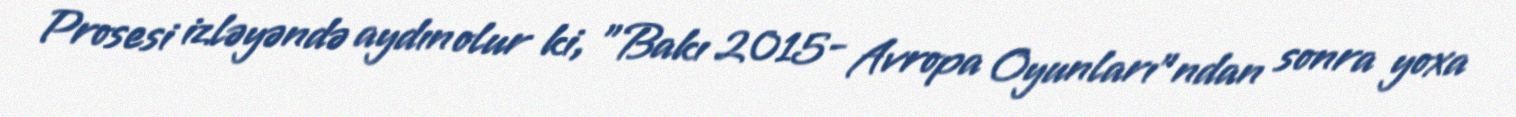
Prosesi izləyəndə aydın olur ki, "Bakı 2015- Avropa Oyunları"ndan sonra yoxa